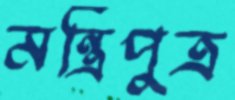
মন্ত্রিপুত্র